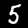
Digit: 5